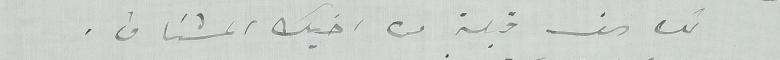
لك  الف قبلة من اخيك المشتاق.